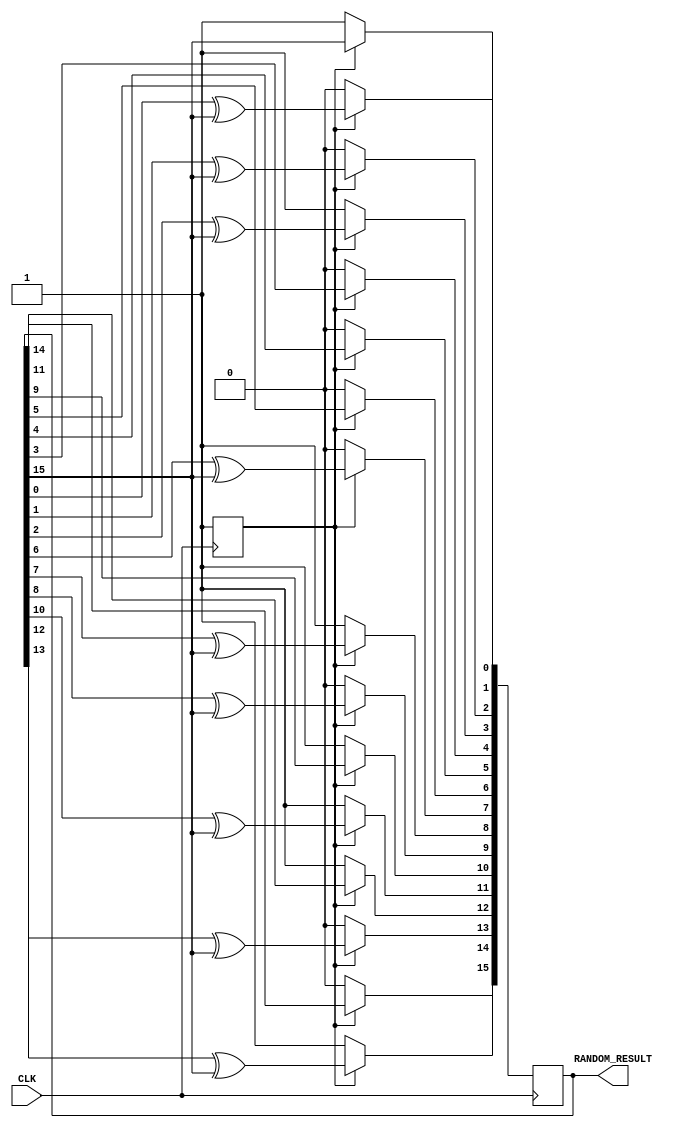
module Random_Generator_16bits_auto(CLK,RANDOM_RESULT);
	input CLK;
	output reg [15:0]RANDOM_RESULT;

	/*
	011100011101011065535
	*/
	parameter INITIALIZE=1'b0;
	parameter AUTO_GENERATE=1'b1;

	reg current_state=INITIALIZE;
	reg next_state;

	always @(posedge CLK)begin
		current_state<=next_state;
	end

	always @(current_state)begin
		if(current_state==INITIALIZE)begin
			next_state=AUTO_GENERATE;
		end
		else begin
			next_state=AUTO_GENERATE;
		end
	end

	always @(posedge CLK)begin
		case(current_state)
			INITIALIZE:begin
				RANDOM_RESULT<=16'b0101110100001001;
			end
			default:begin
				RANDOM_RESULT[0]<=RANDOM_RESULT[15];
				RANDOM_RESULT[1]<=RANDOM_RESULT[0]^RANDOM_RESULT[15];
				RANDOM_RESULT[2]<=RANDOM_RESULT[1]^RANDOM_RESULT[15];
				RANDOM_RESULT[3]<=RANDOM_RESULT[2]^RANDOM_RESULT[15];
				RANDOM_RESULT[4]<=RANDOM_RESULT[3];
				RANDOM_RESULT[5]<=RANDOM_RESULT[4];
				RANDOM_RESULT[6]<=RANDOM_RESULT[5];
				RANDOM_RESULT[7]<=RANDOM_RESULT[6]^RANDOM_RESULT[15];
				RANDOM_RESULT[8]<=RANDOM_RESULT[7]^RANDOM_RESULT[15];
				RANDOM_RESULT[9]<=RANDOM_RESULT[8]^RANDOM_RESULT[15];
				RANDOM_RESULT[10]<=RANDOM_RESULT[9];
				RANDOM_RESULT[11]<=RANDOM_RESULT[10]^RANDOM_RESULT[15];
				RANDOM_RESULT[12]<=RANDOM_RESULT[11];
				RANDOM_RESULT[13]<=RANDOM_RESULT[12]^RANDOM_RESULT[15];
				RANDOM_RESULT[14]<=RANDOM_RESULT[13]^RANDOM_RESULT[15];
				RANDOM_RESULT[15]<=RANDOM_RESULT[14];
			end
		endcase
	end
endmodule